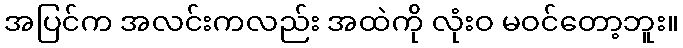
အပြင်က အလင်းကလည်း အထဲကို လုံးဝ မဝင်တော့ဘူး။